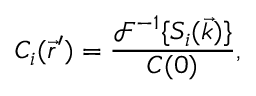
C _ { i } ( \vec { r } ^ { \prime } ) = \frac { \mathcal { F } ^ { - 1 } \{ S _ { i } ( \vec { k } ) \} } { C ( 0 ) } ,